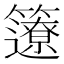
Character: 𥷊